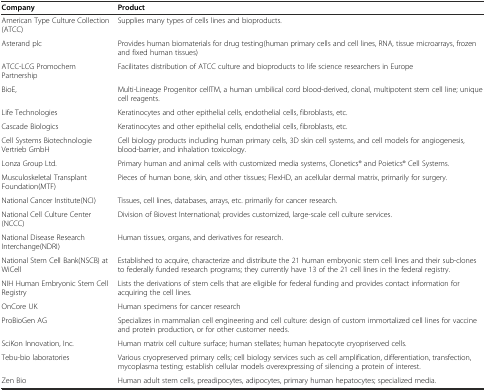
<table><thead><tr><td><b>Company</b></td><td><b>Product</b></td></tr></thead><tbody><tr><td>American Type Culture Collection(ATCC)</td><td>Supplies many types of cells lines and bioproducts.</td></tr><tr><td>Asterand plc</td><td>Provides human biomaterials for drug testing(human primary cells and cell lines, RNA, tissue microarrays, frozen and fixed human tissues)</td></tr><tr><td>ATCC-LCG Promochem Partnership</td><td>Facilitates distribution of ATCC culture and bioproducts to life science researchers in Europe</td></tr><tr><td>BioE,</td><td>Multi-Lineage Progenitor cellTM, a human umbilical cord blood-derived, clonal, multipotent stem cell line; unique cell reagents.</td></tr><tr><td>Life Technologies</td><td>Keratinocytes and other epithelial cells, endothelial cells, fibroblasts, etc.</td></tr><tr><td>Cascade Biologics</td><td>Keratinocytes and other epithelial cells, endothelial cells, fibroblasts, etc.</td></tr><tr><td>Cell Systems Biotechnologie Vertrieb GmbH</td><td>Cell biology products including human primary cells, 3D skin cell systems, and cell models for angiogenesis, blood-barrier, and inhalation toxicology.</td></tr><tr><td>Lonza Group Ltd.</td><td>Primary human and animal cells with customized media systems, Clonetics® and Poietics® Cell Systems.</td></tr><tr><td>Musculoskeletal Transplant Foundation(MTF)</td><td>Pieces of human bone, skin, and other tissues; FlexHD, an acellular dermal matrix, primarily for surgery.</td></tr><tr><td>National Cancer Institute(NCI)</td><td>Tissues, cell lines, databases, arrays, etc. primarily for cancer research.</td></tr><tr><td>National Cell Culture Center(NCCC)</td><td>Division of Biovest International; provides customized, large-scale cell culture services.</td></tr><tr><td>National Disease Research Interchange(NDRI)</td><td>Human tissues, organs, and derivatives for research.</td></tr><tr><td>National Stem Cell Bank(NSCB) at WiCell</td><td>Established to acquire, characterize and distribute the 21 human embryonic stem cell lines and their sub-clones to federally funded research programs; they currently have 13 of the 21 cell lines in the federal registry.</td></tr><tr><td>NIH Human Embryonic Stem Cell Registry</td><td>Lists the derivations of stem cells that are eligible for federal funding and provides contact information for acquiring the cell lines.</td></tr><tr><td>OnCore UK</td><td>Human specimens for cancer research</td></tr><tr><td>ProBioGen AG</td><td>Specializes in mammalian cell engineering and cell culture: design of custom immortalized cell lines for vaccine and protein production, or for other customer needs.</td></tr><tr><td>SciKon Innovation, Inc.</td><td>Human matrix cell culture surface; human stellates; human hepatocyte cryopriserved cells.</td></tr><tr><td>Tebu-bio laboratories</td><td>Various cryopreserved primary cells; cell biology services such as cell amplification, differentiation, transfection, mycoplasma testing; establish cellular models overexpressing of silencing a protein of interest.</td></tr><tr><td>Zen Bio</td><td>Human adult stem cells, preadipocytes, adipocytes, primary human hepatocytes; specialized media.</td></tr></tbody></table>